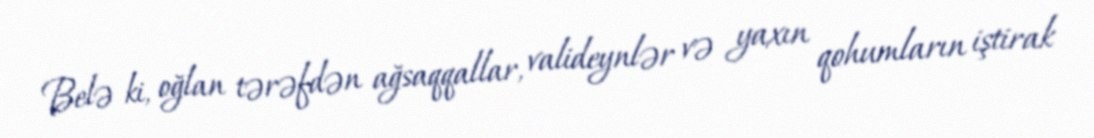
Belə ki, oğlan tərəfdən ağsaqqallar, valideynlər və yaxın qohumların iştirak